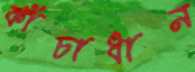
কাঁচাধান